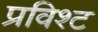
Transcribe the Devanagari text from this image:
प्रविश्ट